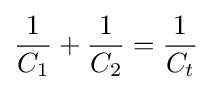
{\frac {1}{C_{1}}}+{\frac {1}{C_{2}}}={\frac {1}{C_{t}}}